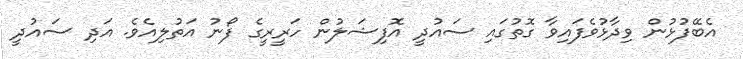
އެބޭފުޅުން ވިދާޅުވެފައިވާ ގޮތުގައި ސައުދީ އޮފިޝަލުން ހަރީރީގެ ފޯނު އަތުލިއެވެ. އަދި ސައުދީ